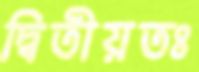
দ্বিতীয়তঃ